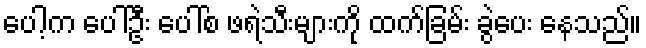
ပေါ့က ပေါ်ဦး ပေါ်စ ဖရဲသီးများကို ထက်ခြမ်း ခွဲပေး နေသည်။